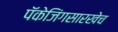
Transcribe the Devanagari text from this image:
पॅकेजिंगसारखेच